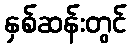
နှစ်ဆန်းတွင်